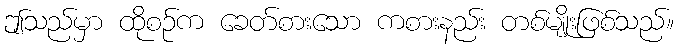
ဤသည်မှာ ထိုစဉ်က ခေတ်စားသော ကစားနည်း တစ်မျိုးဖြစ်သည်။